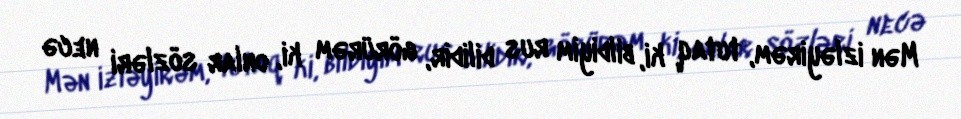
Mən izləyirəm, tutaq ki, bildiyim rus dilidir, görürəm ki, onlar sözləri necə